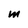
Character: M